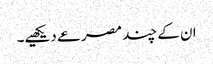
ان کے چند مصرعے دیکھیے۔